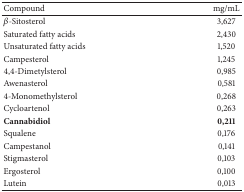
<table><thead><tr><td><b>Compound</b></td><td><b>mg/mL</b></td></tr></thead><tbody><tr><td><i>β</i>-Sitosterol</td><td>3,627</td></tr><tr><td>Saturated fatty acids</td><td>2,430</td></tr><tr><td>Unsaturated fatty acids</td><td>1,520</td></tr><tr><td>Campesterol</td><td>1,245</td></tr><tr><td>4,4-Dimetylsterol</td><td>0,985</td></tr><tr><td>Awenasterol</td><td>0,581</td></tr><tr><td>4-Monomethylsterol</td><td>0,268</td></tr><tr><td>Cycloartenol</td><td>0,263</td></tr><tr><td><b>Cannabidiol</b></td><td><b>0,211</b></td></tr><tr><td>Squalene</td><td>0,176</td></tr><tr><td>Campestanol</td><td>0,141</td></tr><tr><td>Stigmasterol</td><td>0,103</td></tr><tr><td>Ergosterol</td><td>0,100</td></tr><tr><td>Lutein</td><td>0,013</td></tr></tbody></table>